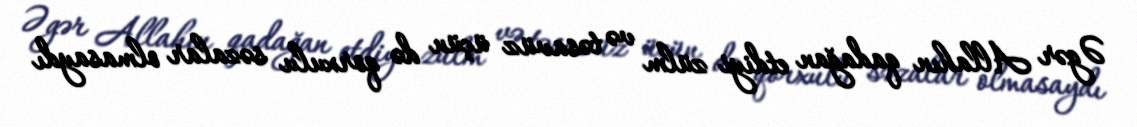
Əgər Allahın qadağan etdiyi zülm və təsavüz üçün də qorxulu səzalar olmasaydı